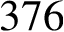
3 7 6